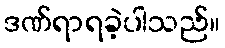
ဒဏ်ရာရခဲ့ပါသည်။